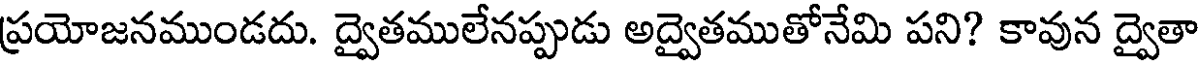
ప్రయోజనముండదు. ద్వైతములేనప్పుడు అద్వైతముతోనేమి పని? కావున ద్వైతా